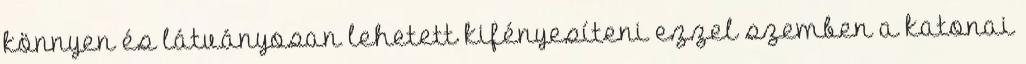
könnyen és látványosan lehetett kifényesíteni ezzel szemben a katonai